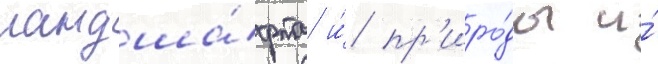
ландша́фта и́ пр'иро́ды и́